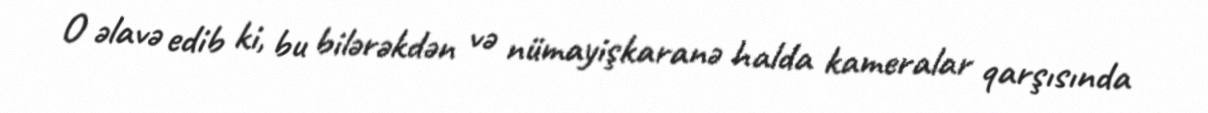
O əlavə edib ki, bu bilərəkdən və nümayişkaranə halda kameralar qarşısında